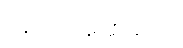
အယူအဆပေါ့။